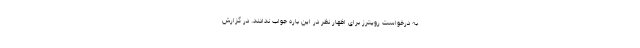
به درخواست رویترز برای اظهار نظر در این باره جواب ندادند. در گزارش